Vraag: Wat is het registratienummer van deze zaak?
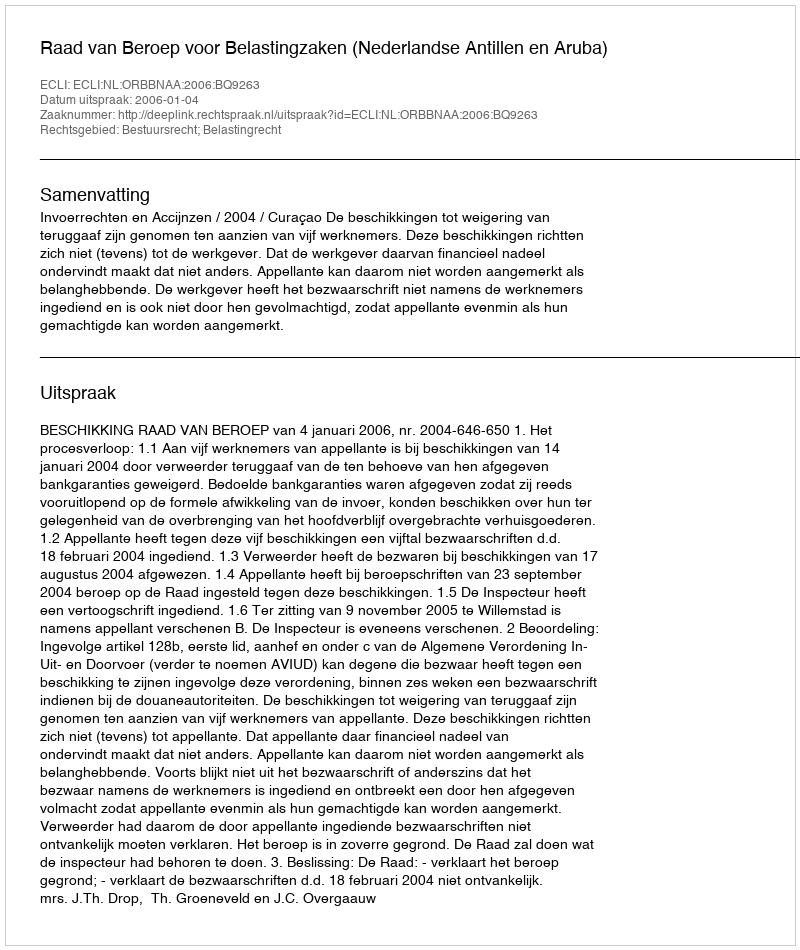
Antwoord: http://deeplink.rechtspraak.nl/uitspraak?id=ECLI:NL:ORBBNAA:2006:BQ9263